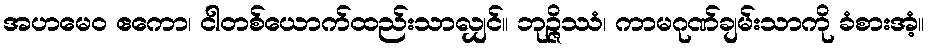
အဟမေဝ ဧကော၊ ငါတစ်ယောက်ထည်းသာလျှင်။ ဘုဉ္ဇိဿံ၊ ကာမဂုဏ်ချမ်းသာကို ခံစားအံ့။